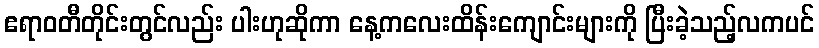
ဧရာဝတီတိုင်းတွင်လည်း ပါးဟုဆိုကာ နေ့ကလေးထိန်းကျောင်းများကို ပြီးခဲ့သည့်လကပင်